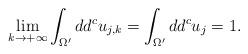
LaTeX: \begin{align*}\lim_{k\to+\infty} \int _{\Omega'} dd^c u_{j,k}= \int _{\Omega'} dd^c u_{j} = 1.\end{align*}